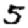
Digit: 5